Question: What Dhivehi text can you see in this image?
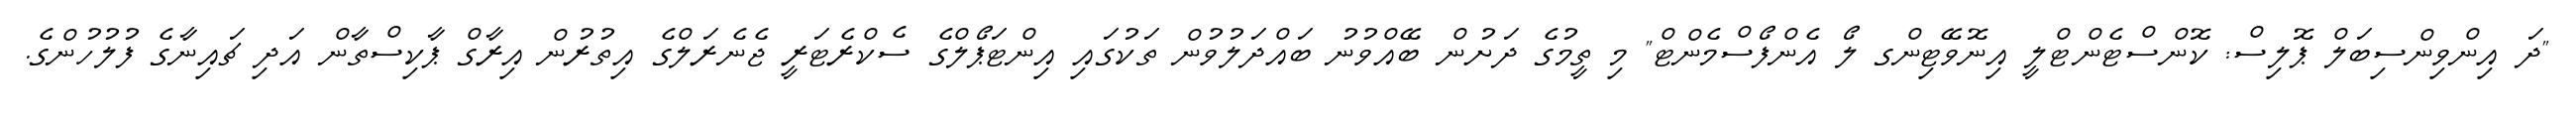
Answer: "ދަ އިންވިންސިބަލް ޕޮލިސް: ކޮންސްޓެންޓްލީ އިނޮވޭޓިންގ ލޯ އެންފޯސްމެންޓް" މި ތީމުގެ ދަށުން ބޭއްވުނު ބައްދަލުވުން ތަކުގައި އިންޓަޕޯލްގެ ސެކްރެޓަރީ ޖެނެރަލްގެ އިތުރުން އިރާގް ޕާކިސްތާން އަދި ޗައިނާގެ ފުލުހުންގެ.